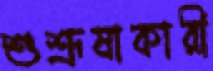
শুশ্রূষাকারী